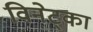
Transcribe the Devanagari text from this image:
विनेट्का